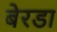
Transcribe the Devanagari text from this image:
बेरडा